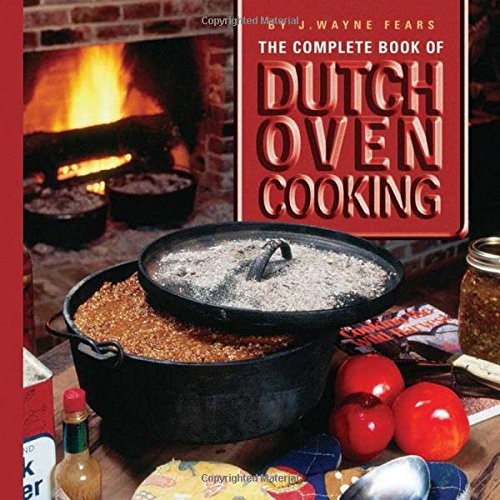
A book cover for The Complete Book of Dutch Oven Cooking Cookbook; J. Wayne Fears; Cookbooks, Food & Wine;